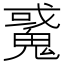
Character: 䰥